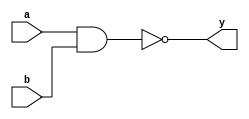
`timescale 1ns/1ps

module NAND(
  input a,
  input b,
  output y
  );

  assign y = ~(a&b);

  specify
  (a=>y)=(0.0,0.0);
  (b=>y)=(0.0,0.0);
  endspecify

endmodule